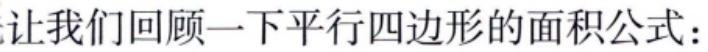
让我们回顾一下平行四边形的面积公式：